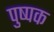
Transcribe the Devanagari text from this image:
पुष्‍पक